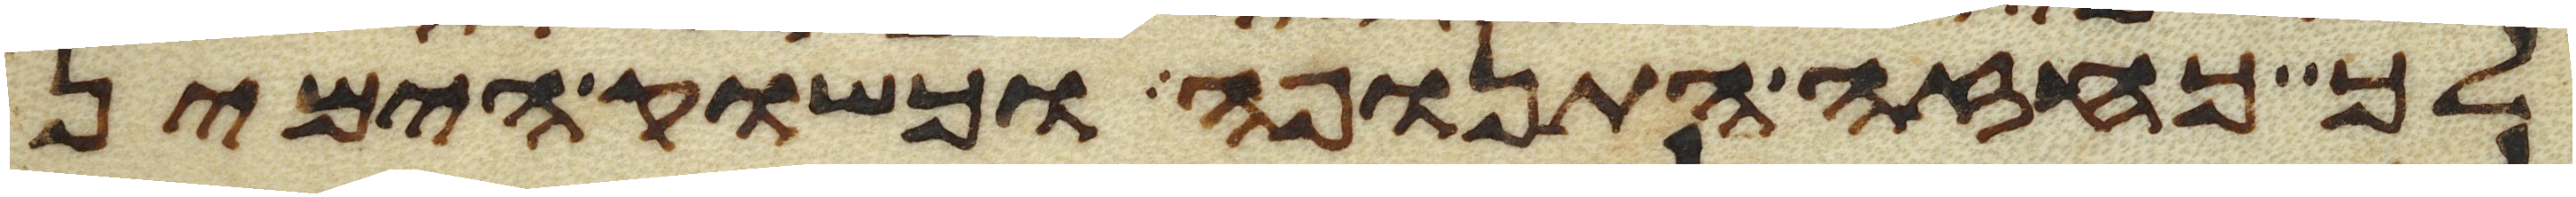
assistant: לך כחזה התנופה וכשוק הימין